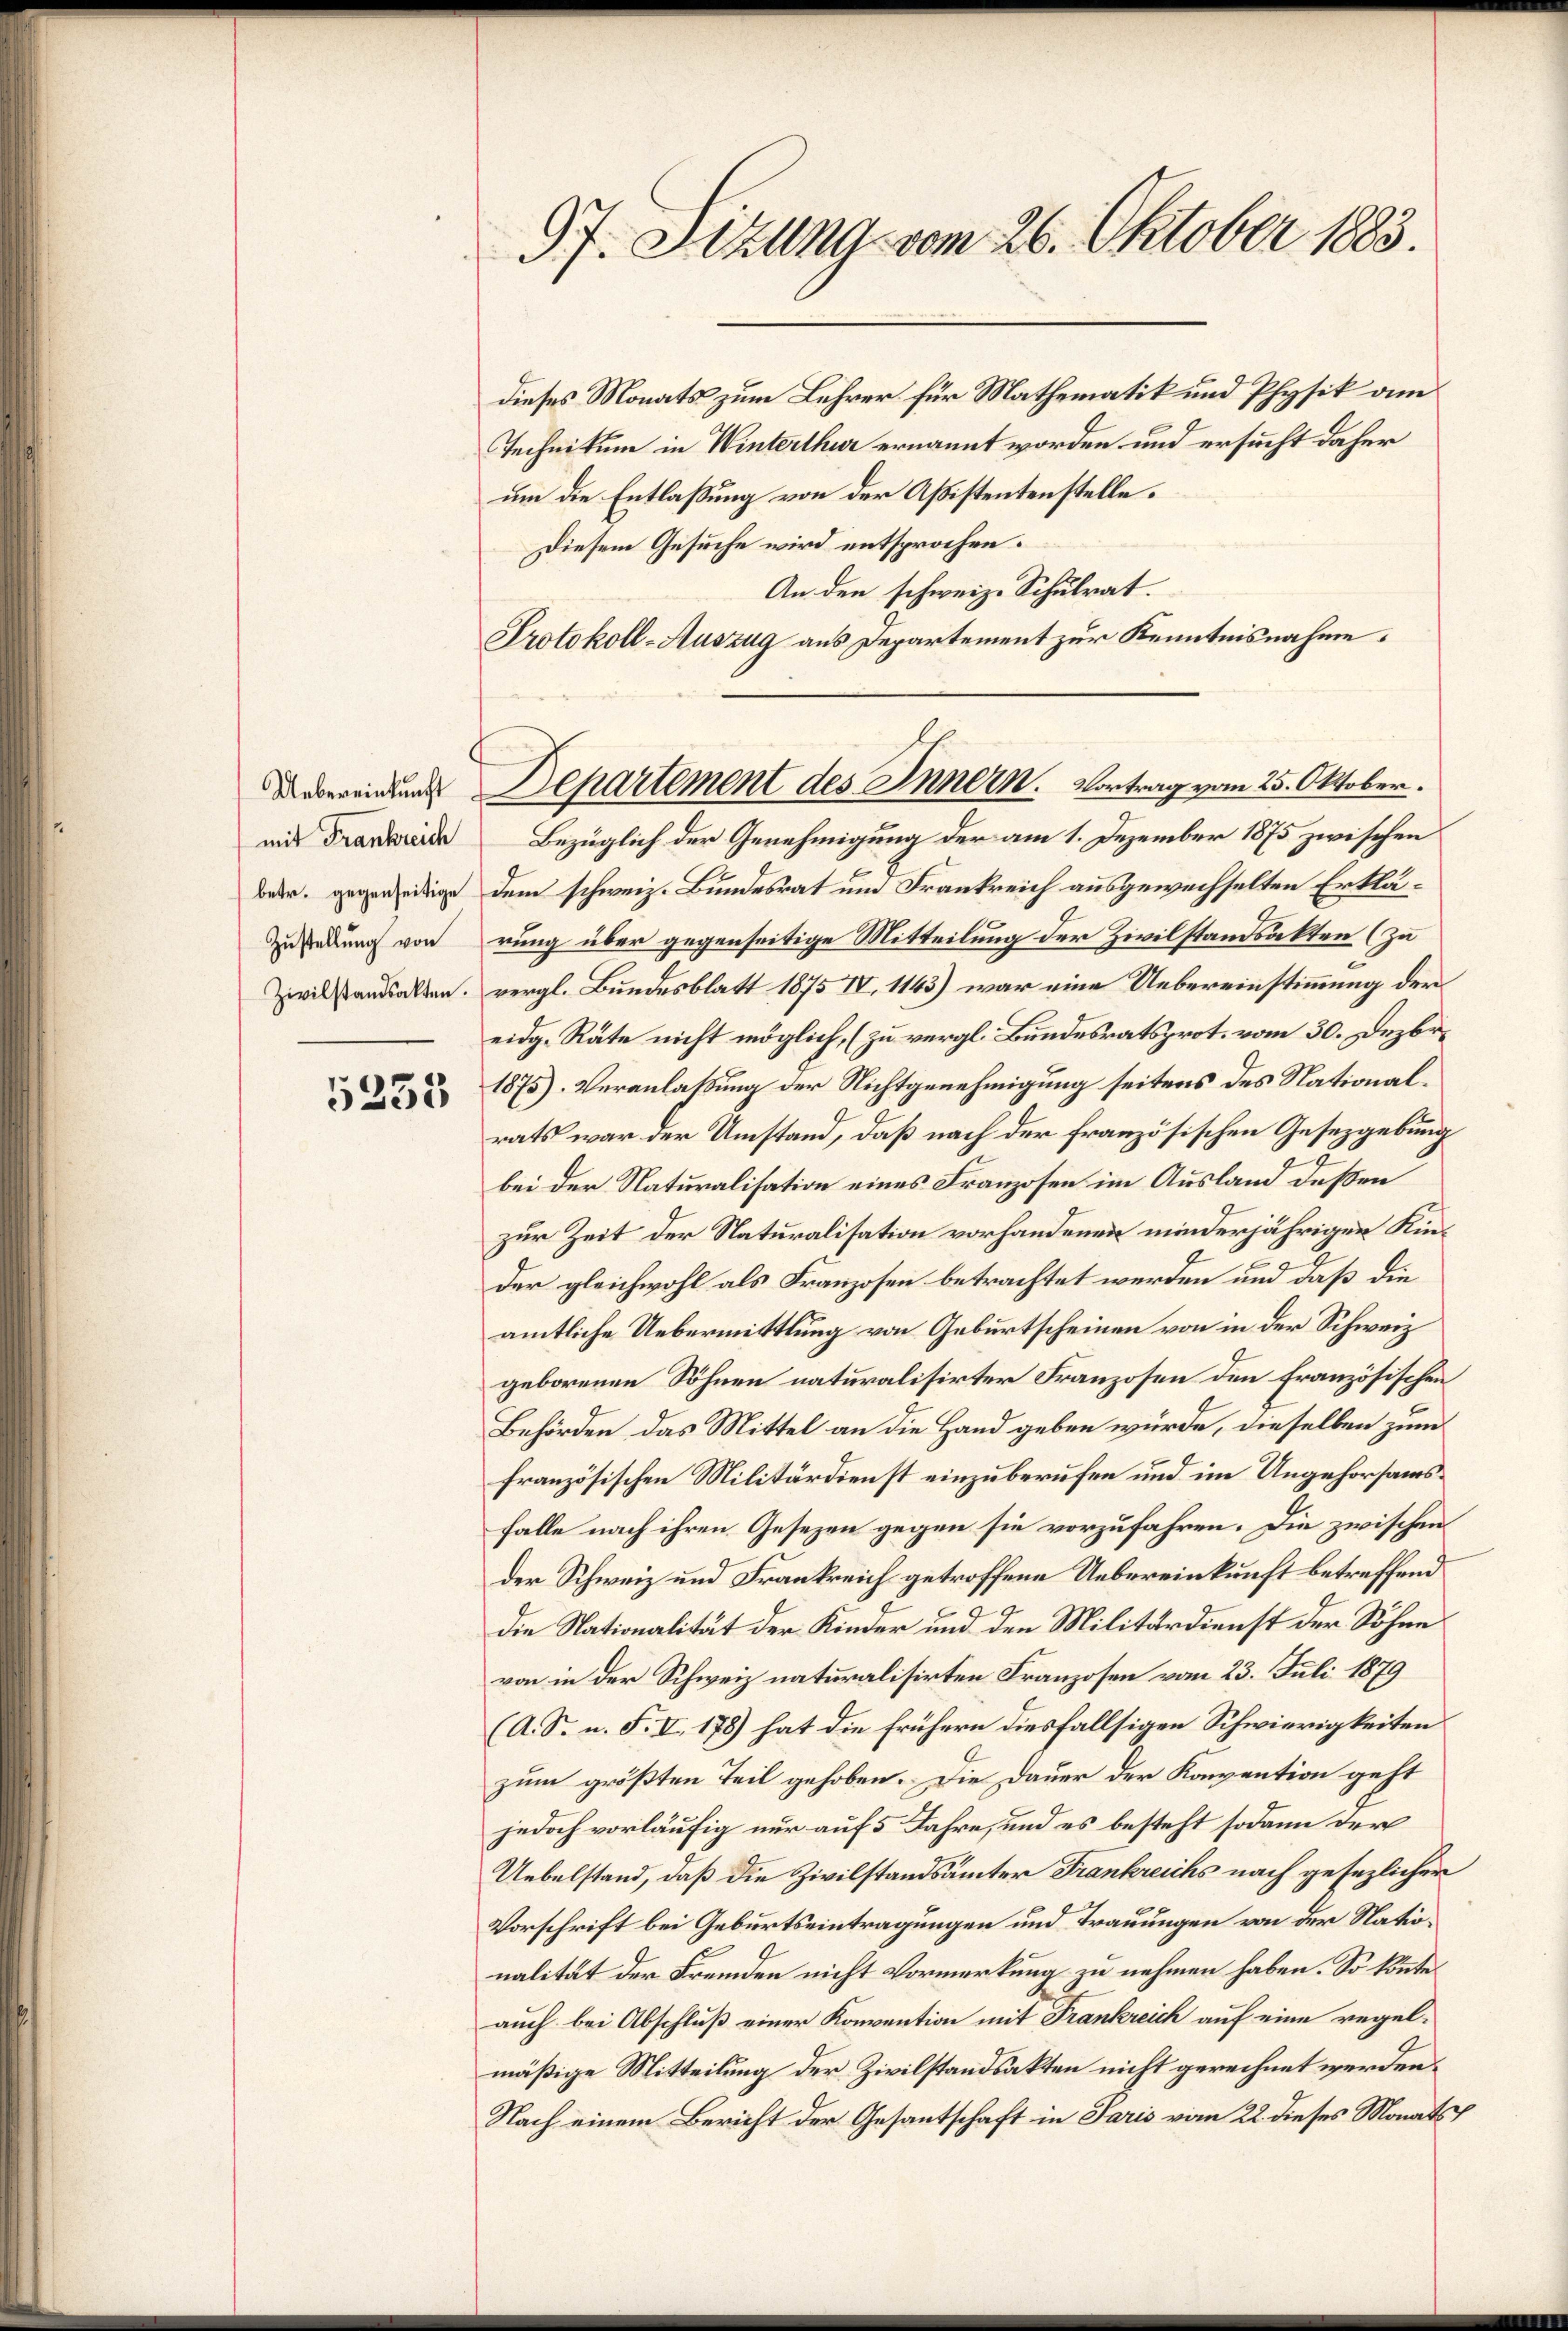
Uebereinkunft
(mit Frankreich

5233

97. Sitzung vom 26. Oktober 1883.

dieses Monats zum Lehrer für Mathematik und Physik am
Technikum in Winterthur ernannt worden und ersucht daher
um die Entlaßung von der Aßistentenstelle.
Diesem Gesuche wird entsprochen.
An den schweiz. Schulrat.
Protokoll-Auszug aus Departement zur Kenntnisnahme.

Departement des Innern. Vortrag vom 25. Oktober.

Bezüglich der Genehmigung der am 1. Dezember 1875 zwischen
Bedr. gegenseitige dem schweiz. Bundesrat um Frankreich ausgewechselten Erklä¬
Zustellung von rung über gegenseitige Mitteilung der Zivilstandsakten (zu
Zivilstandsalten. vergl. Bundesblatt 1875 IV. 1143) war eine Uebereinstimmung der
eidg. Räte nicht möglich, (zu vergl. Bundesratsprot. vom 30. Dezbr.
1875) Veranlaßung der Nichtgenehmigung seitens des Nationalrats war der Umstand, daß nach der französischen Gesetzgebung
bei der Naturalisation eines Franzosen im Ausland deßen
zur Zeit der Naturalisation vorhandenen minderjährigen Kinder gleichwohl als Franzosen betrachtet werden und daß die
amtliche Uebermittlung von Geburtscheinen von in der Schweiz
geborenen Söhnen naturalisirter Franzosen den Französischen
Behörden das Mittel an die Hand geben würde, dieselben zum
französischen Militärdienst einzuberufen und im Ungehorsamsfalle nach ihren Gesezen gegen sie vorzufahren. Die zwischen
der Schweiz und Frankreich getroffene Uebereinkunft betreffend
C
Die Nationalität der Kinder und den Militärdienst der Söhne
von in der Schweiz naturalisirten Franzosen vom 23. Juli 1879
(A. S. u. F. II 178) hat die frühere diesfallsigen Schwierigkeiten
zum größten Teil gehoben. Die Dauer der Konvention geht
jedoch vorläufig nur auf 5 Jahre, und es besteht sodann der
Uebelstand, daß die Zivilstandsämter Frankreichs nach gesezlicher
Vorschrift bei Geburtseintragungen und Trauungen von der Nationalität der Fremden nicht Vormerkung zu nehmen haben. So könteauch bei Abschluß einer Konvention mit Frankreich auf eine regelmäßige Mitteilung der Zivilstandsakten nicht gerechnet werden.
Nach einem Bericht der Gesantschaft in Paris vom 22. dieses Monats